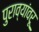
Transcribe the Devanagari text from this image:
पुराव्यांवरू